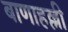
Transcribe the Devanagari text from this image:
बाणाहल्ली